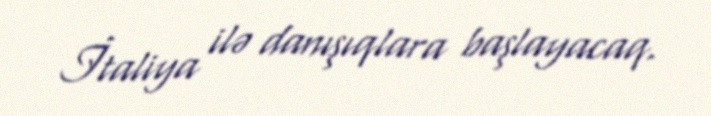
İtaliya ilə danışıqlara başlayacaq.